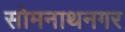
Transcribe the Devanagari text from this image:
सोमनाथनगर